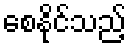
စေနိုင်သည့်